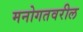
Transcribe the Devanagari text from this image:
मनोगतवरील